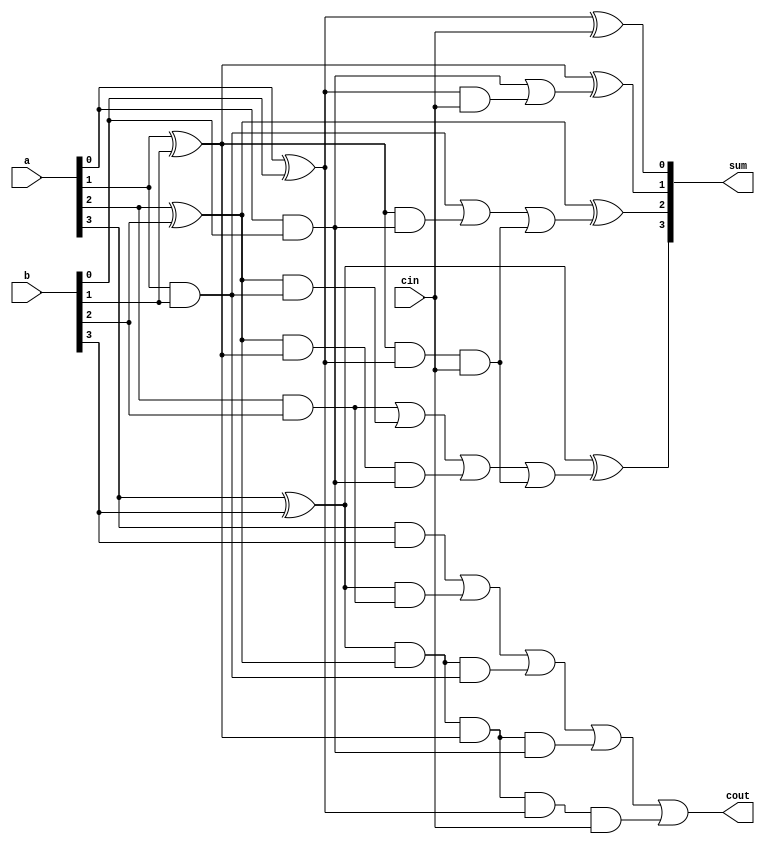
/*
        CARRYLOOK AHEAD ADDER VERILOG CODE
*/

module CLA_Adder(a,b,cin,sum,cout);
	input[3:0] a,b;
	input cin;
	output [3:0] sum;
	output cout;
	wire p0,p1,p2,p3,g0,g1,g2,g3,c1,c2,c3,c4;
	assign p0=(a[0]^b[0]),
			 p1=(a[1]^b[1]),
			 p2=(a[2]^b[2]),
			 p3=(a[3]^b[3]);
	assign g0=(a[0]&b[0]),
                                            g1=(a[1]&b[1]),
			 g2=(a[2]&b[2]),
			 g3=(a[3]&b[3]);	assign c0=cin,
			 c1=g0|(p0&cin),
			 c2=g1|(p1&g0)|(p1&p0&cin),
			 c3=g2|(p2&g1)|(p2&p1&g0)|(p1&p1&p0&cin),
			 c4=g3|(p3&g2)|(p3&p2&g1)|(p3&p2&p1&g0)|(p3&p2&p1&p0&cin);
	assign sum[0]=p0^c0,
			 sum[1]=p1^c1,
			 sum[2]=p2^c2,
			 sum[3]=p3^c3;
	assign cout=c4;
			 
endmodule